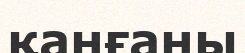
қанғаны